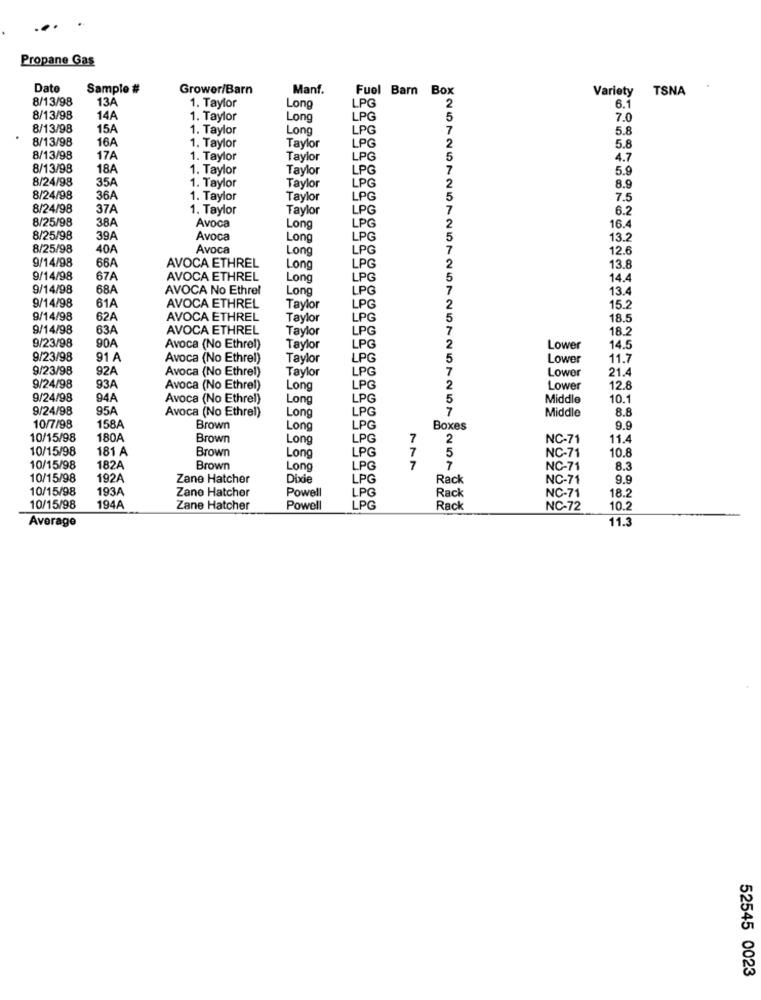
Propane Gas
Dato
Sample #
Grower/Barn
Manf.
Fuel Barn Box
Variety TSNA
8/13/98
13A
LPG
2
1. Taylor
Long
6.
8/13/98
14A
1. Taylor
Long
LPG
5
7.0
8/13/98
15A
1. Taylor
Long
LPG
7
5.8
8/13/98
16A
LPG
2
1. Taylor
Taylor
5.8
8/13/98
17A
1. Taylor
Taylor
LPG
4.7
8/13/98
18A
1. Taylor
Taylor
LPG
5.9
8/24/98
35A
1. Taylor
Taylor
LPG
8.9
8/24/98
36A
1. Taylor
Taylor
LPG
7.5
8/24/98
37A
1. Taylor
Taylor
LPG
6.2
8/25/98
38A
LPC
Avoca
Long
16.4
8/25/98
39A
Avoca
Long
LPG
13.2
8/25/98
40A
Avoca
Long
LPG
12.6
9/14/98
66A
LPG
2
AVOCA ETHREL
Long
13.8
9/14/98
67A
AVOCA ETHREL
Long
LPG
5
14.4
9/14/98
68A
AVOCA No Ethrel
Long
LPG
13.4
9/14/98
61A
LPG
AVOCA ETHREL
Taylor
2
15.2
9/14/98
62A
AVOCA ETHREL
Taylor
LPG
5
18.5
9/14/98
63A
AVOCA ETHREL
Taylor
LPG
7
18.2
LPG
9/23/98
90A
Avoca (No Ethrel)
Taylor
2
Lower
14.5
9/23/98
91 A
Avoca (No Ethrel)
Taylor
LPG
5
Lower
11.7
9/23/98
92/
Avoca (No Ethrel)
Taylor
LPG
7
Lower
21.4
9/24/98
93A
Avoca (No Ethrel)
Long
LPG
2
Lower
12.8
9/24/98
94A
Avoca (No Ethrel)
Long
LPG
5
Middle
10.1
9/24/98
95A
Avoca (No Ethrel)
LPG
7
Middle
8.8
Long
10/7/98
158A
Brown
Long
LPG
Boxes
9.9
10/15/98
180A
Brown
Long
PG
7
2
NC-71
11.4
10/15/98
181 A
LPG
7
5
NC-71
10.8
Brown
Long
10/15/98
182A
Brown
Long
LPG
7
7
NC-71
8.3
10/15/98
192A
Zane Hatcher
Dide
LPG
Rack
NC-71
9.9
10/15/98
193A
Zane Hatcher
LPG
Rack
NC-71
18.2
Powell
10/15/98
194A
Zane Hatcher
Powell
LPG
Rack
NC-72
10.2
Average
11.3
52545 0023